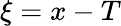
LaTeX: \xi=x-T